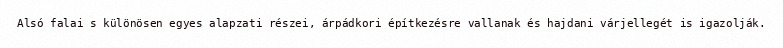
Alsó falai s különösen egyes alapzati részei, árpádkori építkezésre vallanak és hajdani várjellegét is igazolják.